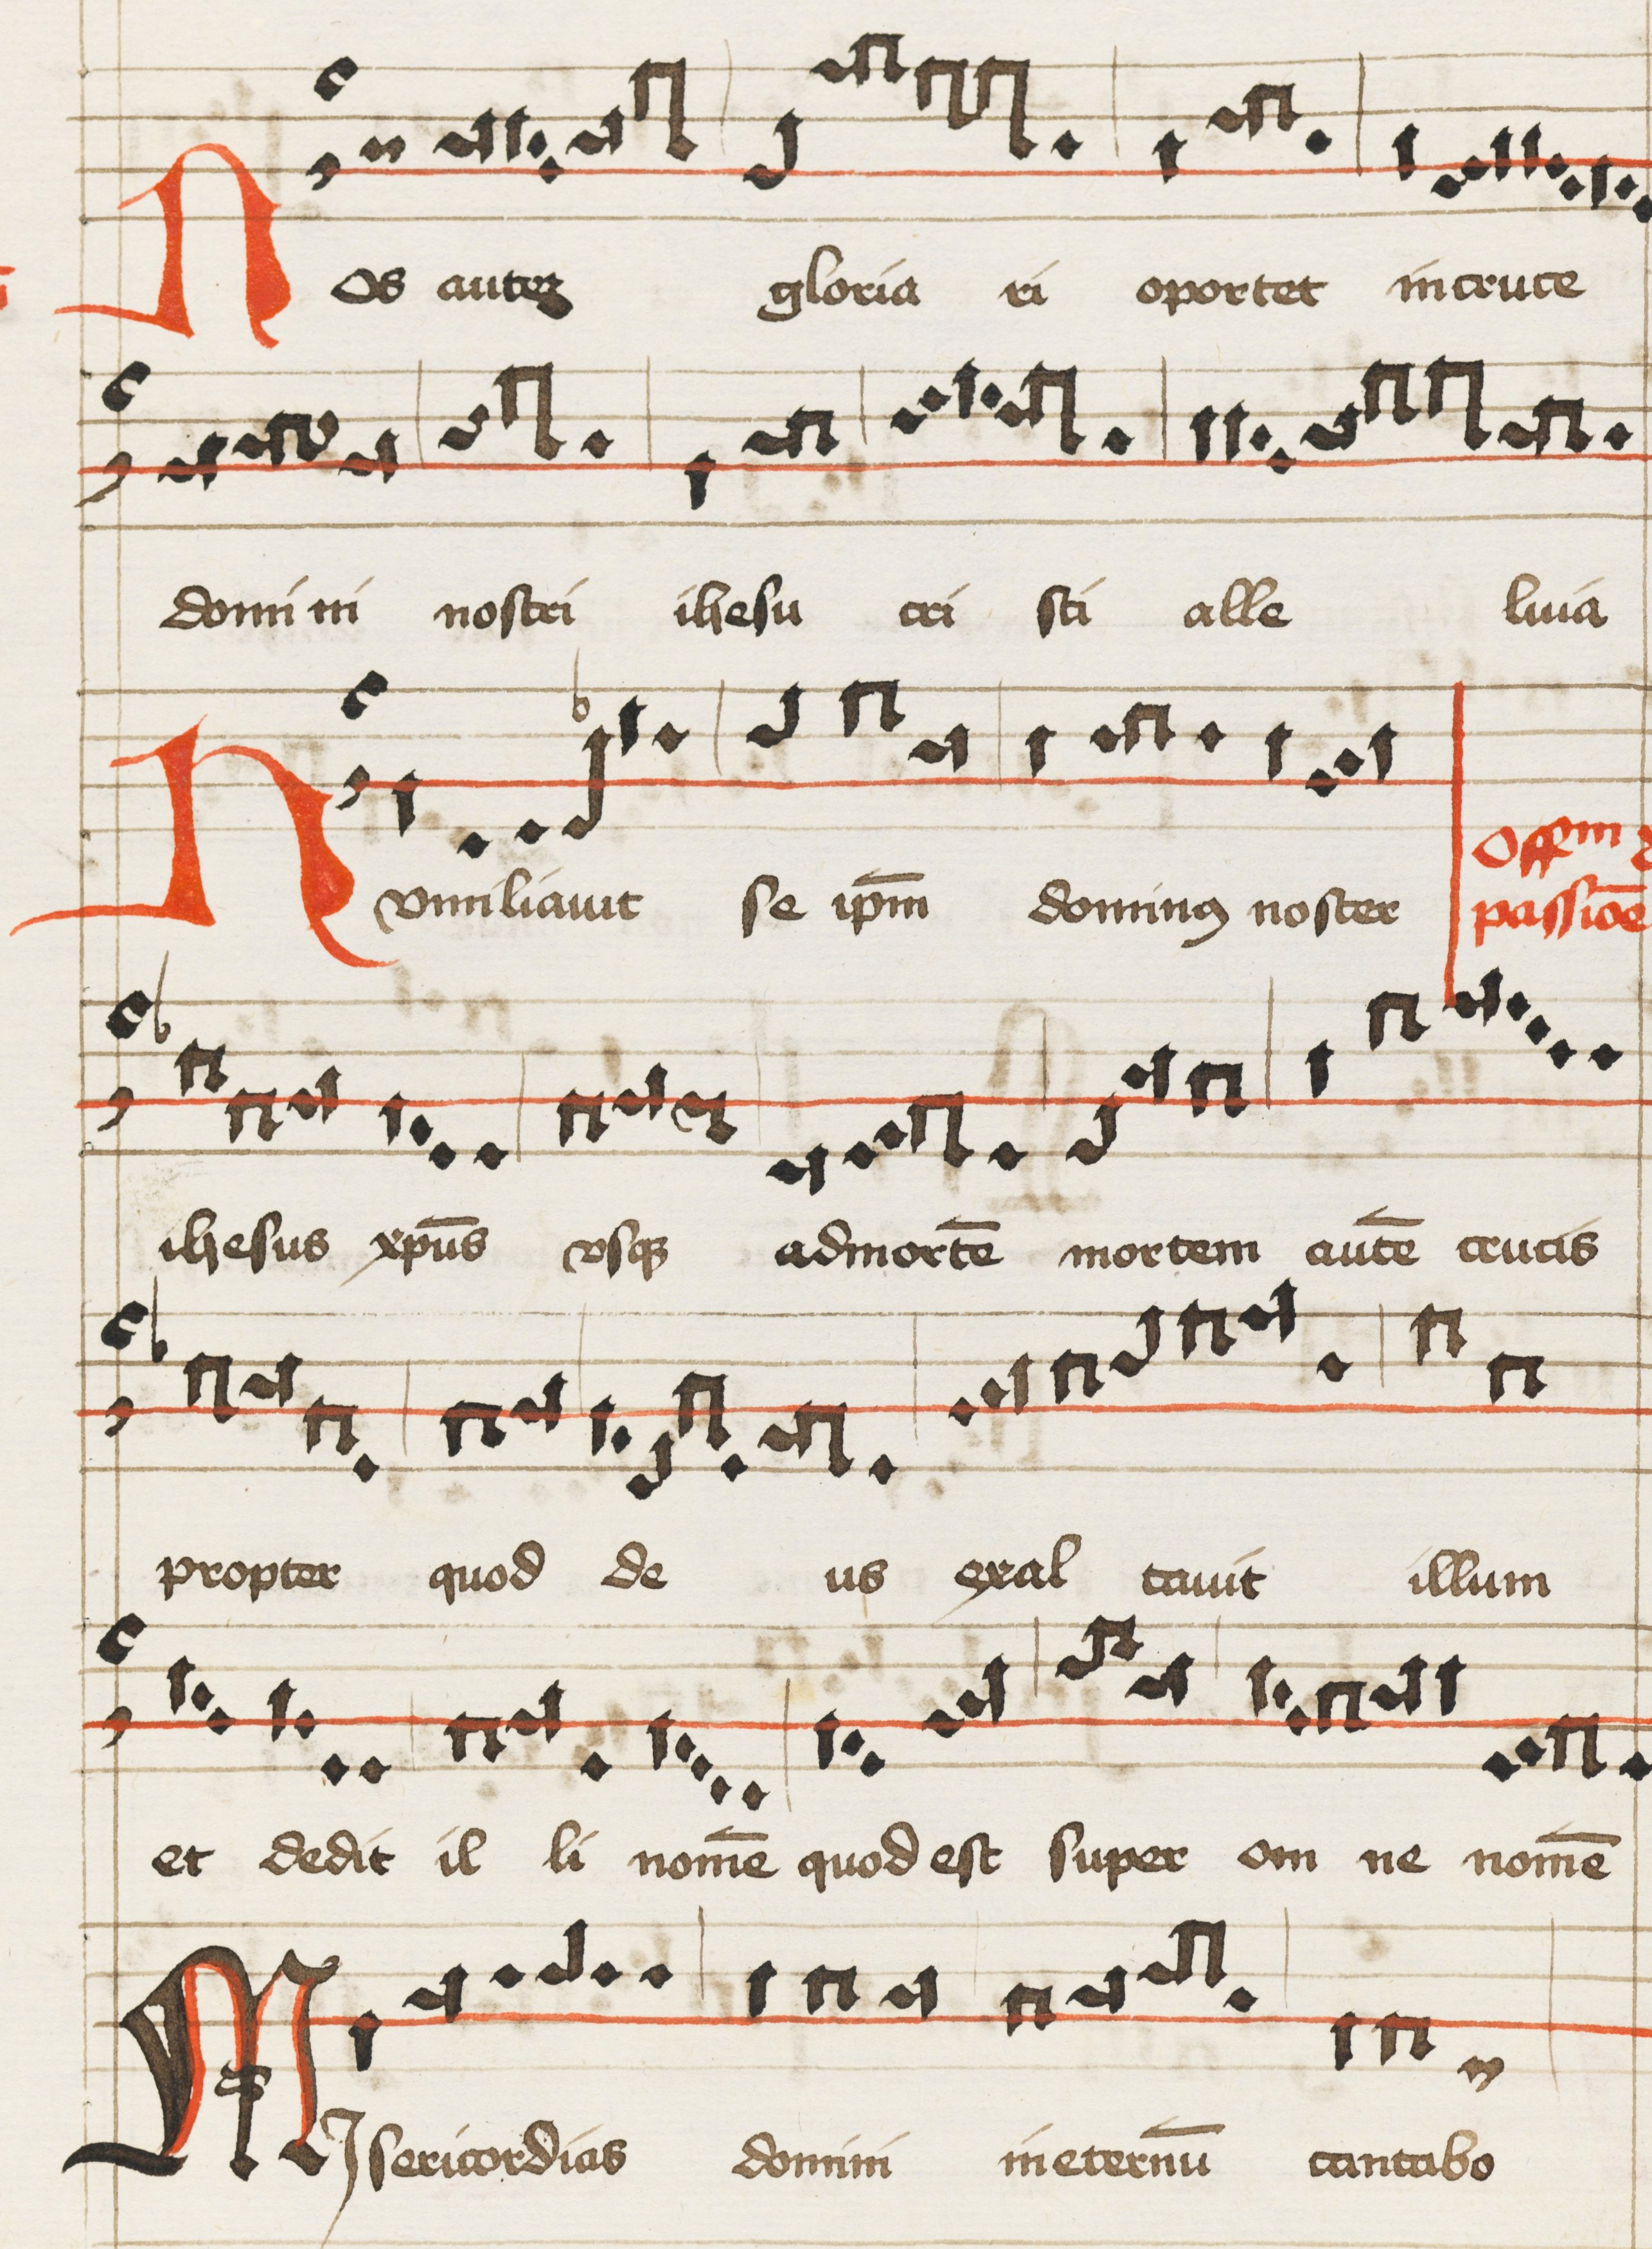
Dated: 1475–1499